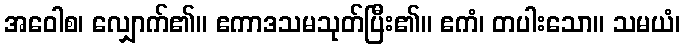
အဝေါစ၊ လျှောက်၏။ ဧကာဒသမသုတ်ပြီး၏။ ဧကံ၊ တပါးသော။ သမယံ၊